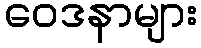
ဝေဒနာများ